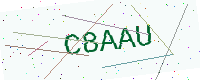
Text: C8AAU